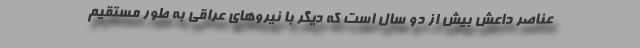
عناصر داعش بیش از دو سال است که دیگر با نیروهای عراقی به طور مستقیم